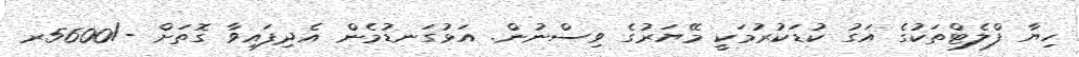
ހިޔާ ފްލެޓްތަކުގެ އަގު ކުޑަކުރުމަކީ މޭޔަރުގެ ވިސްނުން. އަޅުގަނޑުމެން އެދިފައިވާ ގޮތަށް -/5600ރ